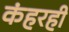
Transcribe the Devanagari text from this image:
कंहरही